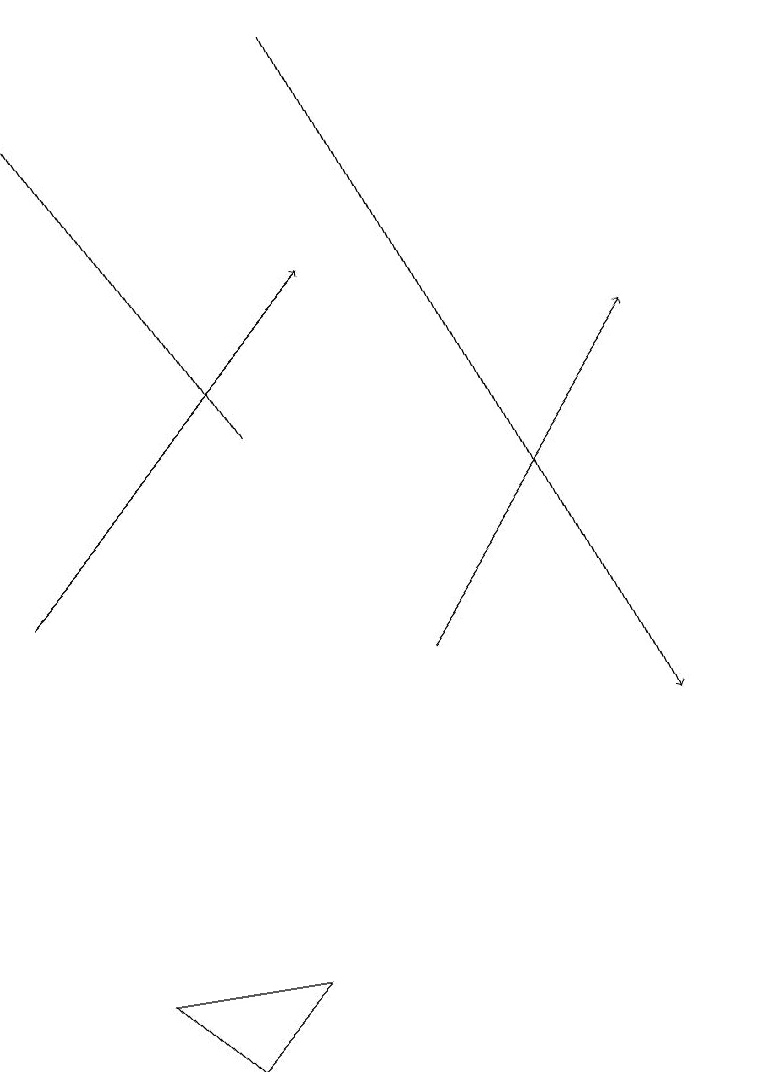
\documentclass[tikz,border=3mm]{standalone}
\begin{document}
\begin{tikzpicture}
\draw[->] (4,14) -- (1,19);
\draw (2,7) -- (3,6) -- (4,7) -- cycle;
\draw[->] (6,11) -- (9,15);
\draw[->] (5,19) -- (9,10);
\draw[->] (1,12) -- (5,16);
\draw (10,10) circle (0);
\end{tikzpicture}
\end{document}